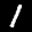
Label: 1